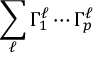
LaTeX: \sum _ { \ell } \Gamma _ { 1 } ^ { \ell } \cdots \Gamma _ { p } ^ { \ell }